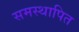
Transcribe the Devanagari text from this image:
समस्थापित